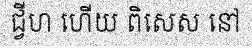
ជ្វីហ ហើយ ពិសេស នៅ